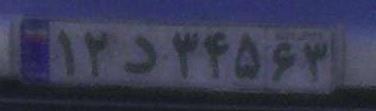
۱۲د۳۴۵۶۳